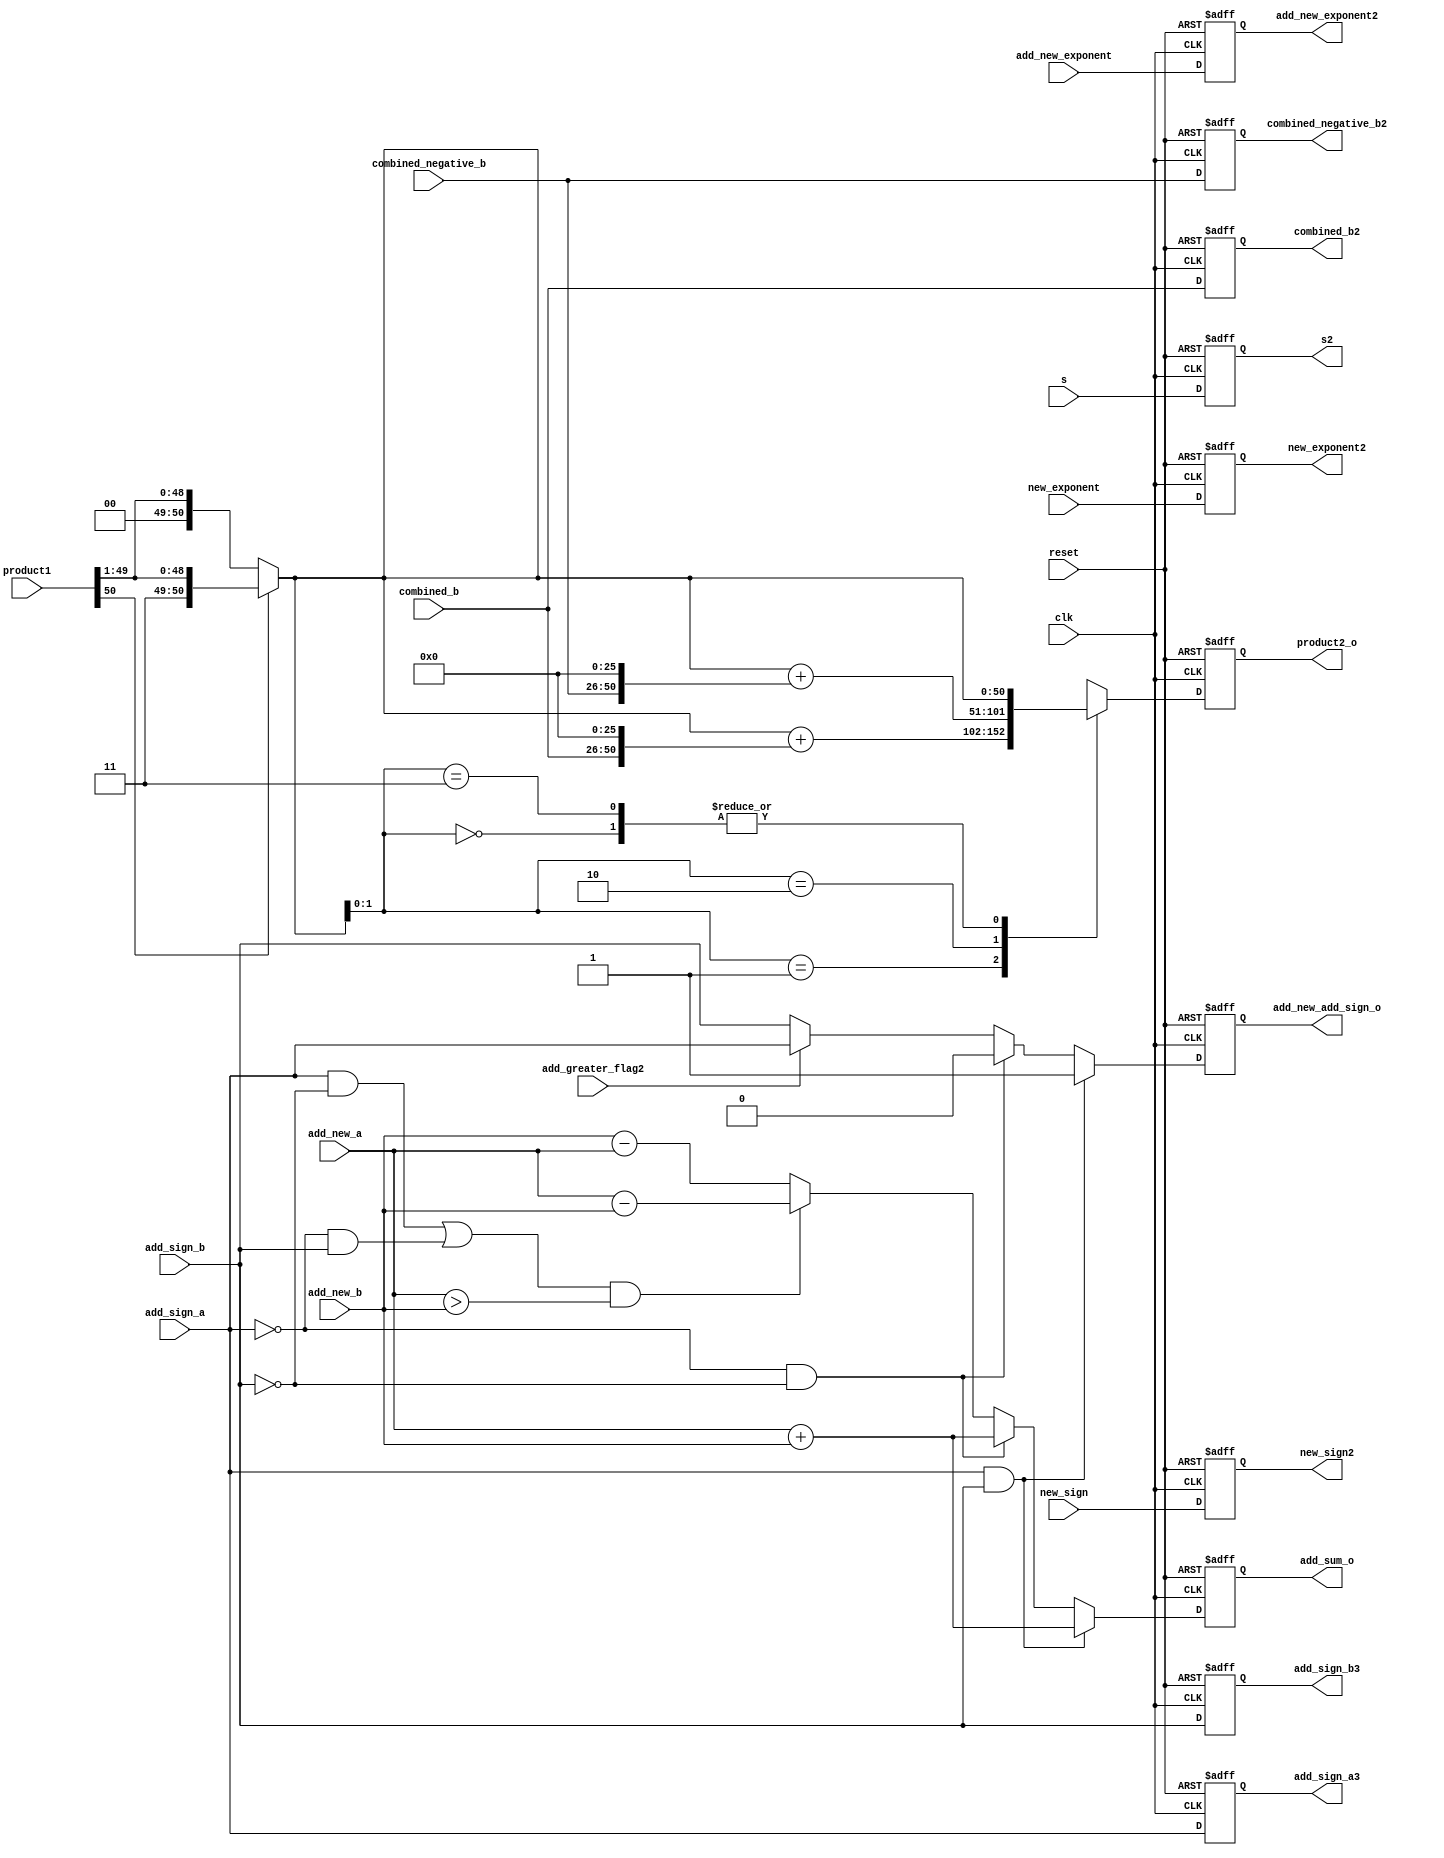
module booth2(clk, reset, product1 ,combined_b, combined_negative_b, product2_o,combined_b2, combined_negative_b2,new_exponent,new_exponent2,new_sign,new_sign2,add_sign_a,add_sign_b, add_new_a, add_new_b, add_sum_o, add_new_add_sign_o,add_sign_a3,add_sign_b3,add_new_exponent,add_new_exponent2,s,s2,add_greater_flag2); 

input [8:0]new_exponent;
output reg [8:0] new_exponent2;
input [24:0]combined_b, combined_negative_b;
output reg [50:0] product2_o;
input [50:0] product1;
input clk, reset;
output reg[24:0]combined_b2, combined_negative_b2;
input s;

output reg s2;
input add_greater_flag2;
reg [51:0] product_temp3;
reg [50:0] product2,product_shift,product_temp2;

input new_sign;
output reg new_sign2;

//adder

input [23:0]add_new_a,add_new_b;
input add_sign_a,add_sign_b;
input [7:0]add_new_exponent;

output reg [7:0] add_new_exponent2;

reg [24:0]add_temp1,add_temp_r2,add_new_b_copy,add_new_a_copy,add_temp4;
reg [23:0]add_temp3,add_temp_r;
reg [25:0]add_temp2;
output reg add_sign_a3,add_sign_b3;
output reg add_new_add_sign_o;
output reg [24:0]add_sum_o;

reg add_new_sign;
reg [24:0]add_sum;

always@(posedge clk or negedge reset)
begin
	if(!reset)
		begin
		product2_o <= 50'b0;
		combined_b2 <= 25'b0;
		combined_negative_b2 <= 25'b0;
		new_exponent2 <= 8'b0;
		new_sign2<= 1'b0;
		s2 <= 0;
		end
	else
		begin
		product2_o <= product2;
		combined_b2 <= combined_b;
		combined_negative_b2 <= combined_negative_b;
		new_exponent2 <= new_exponent;
		new_sign2<=new_sign;
		s2 <= s;
		end
end

always@(*)
begin
	
	if(product1[50] == 1'b1)
   product_shift[50:0]= {1'b1, product1[50:1]};
	else if(product1[50] == 1'b0)
	product_shift[50:0] = {1'b0, product1[50:1]};
	else
	product_shift[50:0] = 50'b0;
	
end

 always@(*)
begin

 case(product_shift[1:0])
 
 
 
 2'b00: begin
	
	product2 = product_shift;
	product_temp2 =  50'b0;
		product_temp3 = 52'b0;
	end
	
	2'b01:  begin
		
		product_temp2 = {combined_b, 26'b0};
		product_temp3 = product_shift + product_temp2;
		product2 = product_temp3[50:0];
		end
		
	2'b10: 	begin

		product_temp2 = {combined_negative_b, 26'b0};
		product_temp3 = product_shift + product_temp2;
		product2 = product_temp3[50:0];
		end
		
		2'b11: begin
	
	product2 = product_shift;
	product_temp2 =  50'b0;
		product_temp3 = 52'b0;
	end
	
	endcase
	

end

always@(posedge clk or negedge reset)
begin
	if(!reset)
	begin
	add_new_add_sign_o <= 1'b0;
	add_sum_o <= 25'b0000000000000000000000000;
	add_sign_a3 <= 1'b0;
	add_sign_b3 <= 1'b0;
	add_new_exponent2 <= 8'b0;
	end
	else
	begin
	add_new_add_sign_o <= add_new_sign;
	add_sum_o <= add_sum;
	add_sign_a3 <= add_sign_a;
	add_sign_b3 <= add_sign_b;
	add_new_exponent2 <= add_new_exponent;
	end
end

	
always@(*)
begin
	if(add_sign_a == 1'b1 && add_sign_b == 1'b1)
	begin
	add_sum = add_new_a + add_new_b;
	add_new_sign = 1'b1;
	end

	else if(add_sign_a == 1'b0 && add_sign_b == 1'b0)
	begin
	add_sum = add_new_a + add_new_b;
	add_new_sign = 1'b0;
	end
	
	else if(((add_sign_a == 1'b1 && add_sign_b == 1'b0)||(add_sign_a == 1'b0 && add_sign_b == 1'b1)) && (add_new_a > add_new_b))
	begin
	add_sum = add_new_a - add_new_b;
	if(add_greater_flag2 == 1'b1)
	add_new_sign = add_sign_a;
	else
	add_new_sign = add_sign_b;
	end
	else
	begin
	add_sum = add_new_b - add_new_a;
	if(add_greater_flag2 == 1'b1)
	add_new_sign = add_sign_a;
	else
	add_new_sign = add_sign_b;
	end

end

endmodule